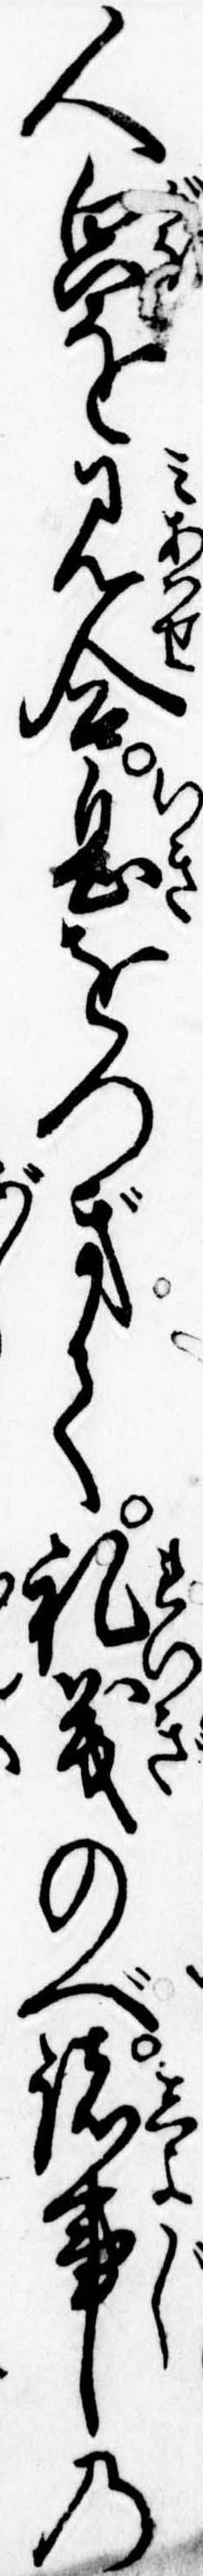
人貌を見合息をつぎて礼義のべ諸事の